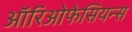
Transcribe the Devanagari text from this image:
ऑरिओफेसियन्स